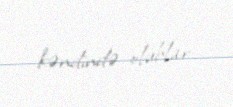
kəndində olublar.